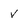
Character: v